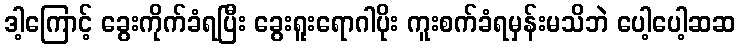
ဒါ့ကြောင့် ခွေးကိုက်ခံရပြီး ခွေးရူးရောဂါပိုး ကူးစက်ခံရမှန်းမသိဘဲ ပေါ့ပေါ့ဆဆ